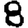
Digit: 8